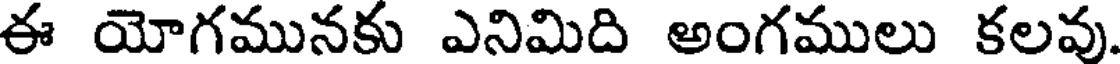
ఈ యోగమునకు ఎనిమిది అంగములు కలవు.